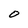
Character: O